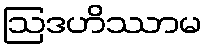
ဩဒဟိဿာမ